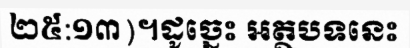
២៥:១៣)។ដូច្នេះ អត្ថបទនេះ